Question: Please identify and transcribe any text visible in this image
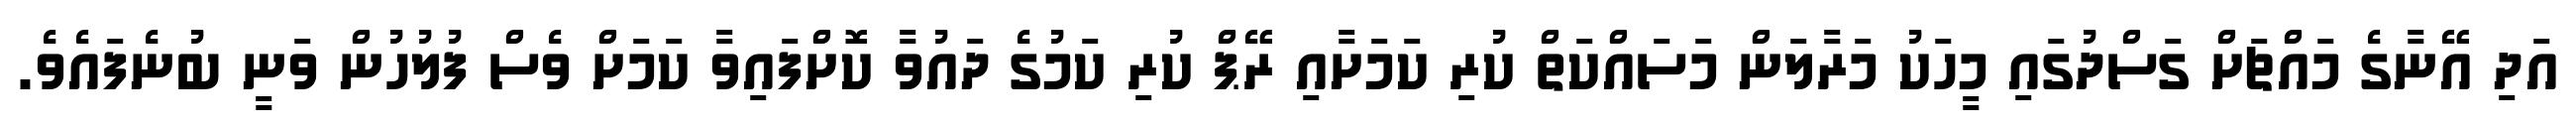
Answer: އަދި އޭނާގެ މައްޗަށް ގަސްދުގައި މީހަކު މަރާލަން މަސައްކަތް ކުރި ކަމަށާއި ރޭޕް ކުރި ކަމުގެ ދައުވާ ކޮށްފައިވާ ކަމަށް ވެސް ފުލުހުން ވަނީ ބުނެފައެވެ.